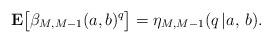
LaTeX: \begin{align*}{\bf E}\bigl[\beta_{M, M-1}(a,b)^q\bigr] = \eta_{M, M-1}(q\,|a,\,b). \end{align*}